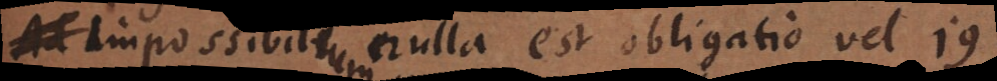
. Impossibilium nulla est obligatio vel